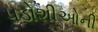
પડોશીઓની